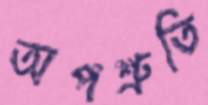
অপশ্রুতি